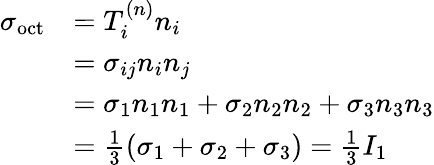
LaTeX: {\begin{array}{rl}{\sigma_{\mathrm{oct}}}&{=T_{i}^{(n)}n_{i}}\\ &{=\sigma_{ij}n_{i}n_{j}}\\ &{=\sigma_{1}n_{1}n_{1}+\sigma_{2}n_{2}n_{2}+\sigma_{3}n_{3}n_{3}}\\ &{={\frac{1}{3}}(\sigma_{1}+\sigma_{2}+\sigma_{3})={\frac{1}{3}}I_{1}}\end{array}}